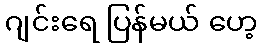
ဂျင်းရေ ပြန်မယ် ဟေ့